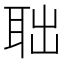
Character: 聉